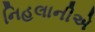
નિહલાનીએ